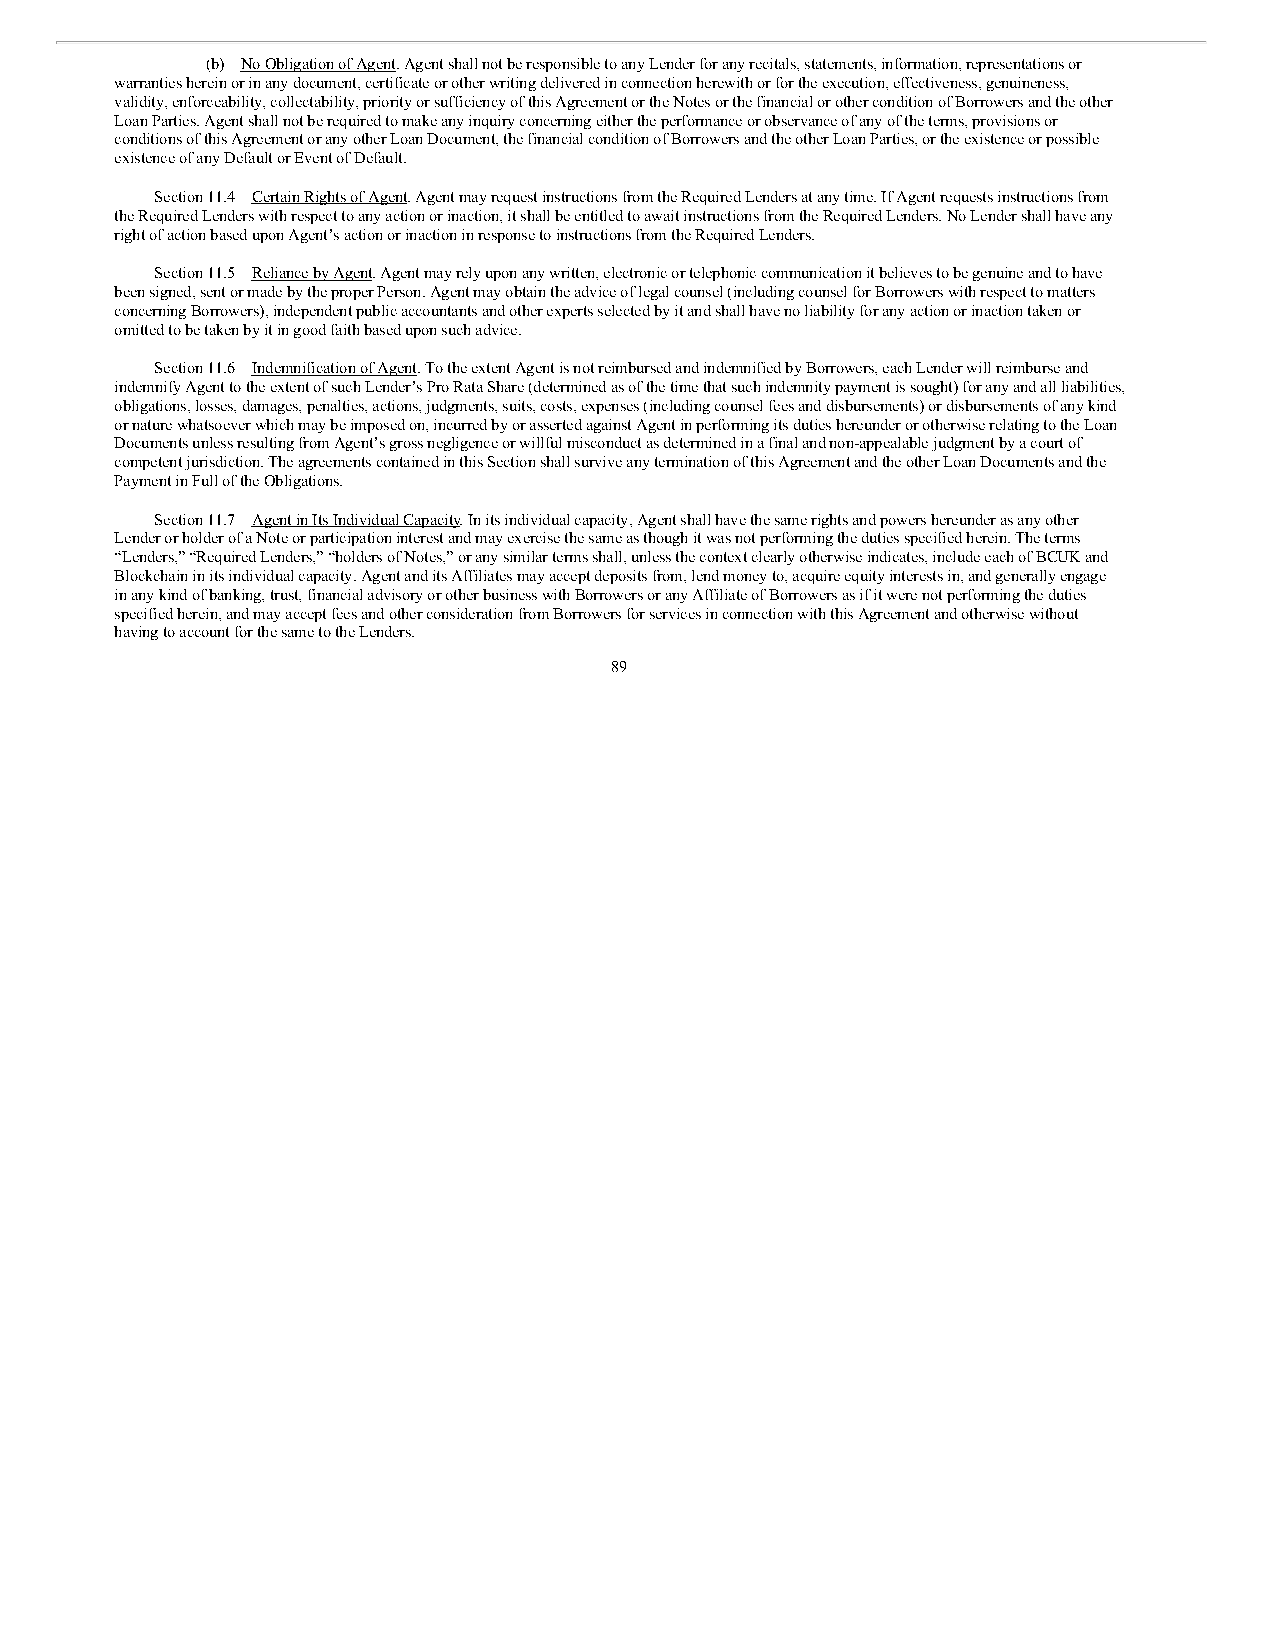
(b) No Obligation of Agent. Agent shall not be responsible to any Lender for any recitals, statements, information, representations or
 warranties herein or in any document, certificate or other writing delivered in connection herewith or for the execution, effectiveness, genuineness,
 validity, enforceability, collectability, priority or sufficiency of this Agreement or the Notes or the financial or other condition of Borrowers and the other
 Loan Parties. Agent shall not be required to make any inquiry concerning either the performance or observance of any of the terms, provisions or
 conditions of this Agreement or any other Loan Document, the financial condition of Borrowers and the other Loan Parties, or the existence or possible
 existence of any Default or Event of Default.
 Section 11.4 Certain Rights of Agent. Agent may request instructions from the Required Lenders at any time. If Agent requests instructions from
 the Required Lenders with respect to any action or inaction, it shall be entitled to await instructions from the Required Lenders. No Lender shall have any
 right of action based upon Agent’s action or inaction in response to instructions from the Required Lenders.
 Section 11.5 Reliance by Agent. Agent may rely upon any written, electronic or telephonic communication it believes to be genuine and to have
 been signed, sent or made by the proper Person. Agent may obtain the advice of legal counsel (including counsel for Borrowers with respect to matters
 concerning Borrowers), independent public accountants and other experts selected by it and shall have no liability for any action or inaction taken or
 omitted to be taken by it in good faith based upon such advice.
 Section 11.6 Indemnification of Agent. To the extent Agent is not reimbursed and indemnified by Borrowers, each Lender will reimburse and
 indemnify Agent to the extent of such Lender’s Pro Rata Share (determined as of the time that such indemnity payment is sought) for any and all liabilities,
 obligations, losses, damages, penalties, actions, judgments, suits, costs, expenses (including counsel fees and disbursements) or disbursements of any kind
 or nature whatsoever which may be imposed on, incurred by or asserted against Agent in performing its duties hereunder or otherwise relating to the Loan
 Documents unless resulting from Agent’s gross negligence or willful misconduct as determined in a final and non-appealable judgment by a court of
 competent jurisdiction. The agreements contained in this Section shall survive any termination of this Agreement and the other Loan Documents and the
 Payment in Full of the Obligations.
 Section 11.7 Agent in Its Individual Capacity. In its individual capacity, Agent shall have the same rights and powers hereunder as any other
 Lender or holder of a Note or participation interest and may exercise the same as though it was not performing the duties specified herein. The terms
 “Lenders,” “Required Lenders,” “holders of Notes,” or any similar terms shall, unless the context clearly otherwise indicates, include each of BCUK and
 Blockchain in its individual capacity. Agent and its Affiliates may accept deposits from, lend money to, acquire equity interests in, and generally engage
 in any kind of banking, trust, financial advisory or other business with Borrowers or any Affiliate of Borrowers as if it were not performing the duties
 specified herein, and may accept fees and other consideration from Borrowers for services in connection with this Agreement and otherwise without
 having to account for the same to the Lenders.
 89